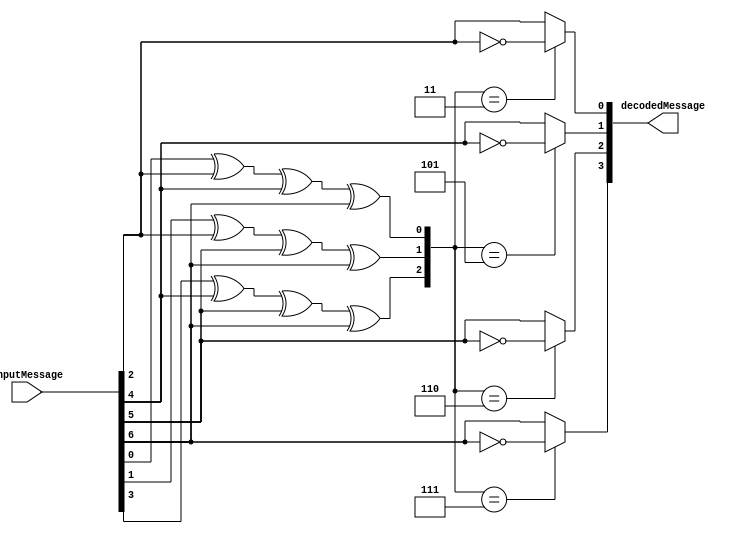
`timescale 1ns / 1ps
//////////////////////////////////////////////////////////////////////////////////
// Company: 
// Engineer: 
// 
// Design Name: 
// Module Name: hamming_decode
// Project Name: 
// Target Devices: 
// Tool Versions: 
// Description: 
// 
// Dependencies: 
// 
// Revision:
// Revision 0.01 - File Created
// Additional Comments:
// 
//////////////////////////////////////////////////////////////////////////////////


module hamming_decode(
    input [6:0] inputMessage,
    output reg [3:0] decodedMessage
    );
   
    reg [3:0]wrongbit;
    //0 - 1 001
    //1 - 2 010
    //2 - 3 011
    //3 - 4 100
    //4 - 5 101
    //5 - 6 110
    //6 - 7 111
    
    always @ (inputMessage) begin
    
    wrongbit[0] <= inputMessage[0] ^ inputMessage[2] ^ inputMessage[4] ^ inputMessage[6];
    wrongbit[1] <= inputMessage[1] ^ inputMessage[2] ^ inputMessage[5] ^ inputMessage[6];
    wrongbit[2] <= inputMessage[3] ^ inputMessage[4] ^ inputMessage[5] ^ inputMessage[6];
    
    case(wrongbit)
        3: begin
            decodedMessage[0] <= ~inputMessage[2];
            decodedMessage[1] <= inputMessage[4];
            decodedMessage[2] <= inputMessage[5];
            decodedMessage[3] <= inputMessage[6];
           end
        5: begin
            decodedMessage[0] <= inputMessage[2];
            decodedMessage[1] <= ~inputMessage[4];
            decodedMessage[2] <= inputMessage[5];
            decodedMessage[3] <= inputMessage[6];
           end
        6: begin
            decodedMessage[0] <= inputMessage[2];
            decodedMessage[1] <= inputMessage[4];
            decodedMessage[2] <= ~inputMessage[5];
            decodedMessage[3] <= inputMessage[6];
           end
        7: begin
            decodedMessage[0] <= inputMessage[2];
            decodedMessage[1] <= inputMessage[4];
            decodedMessage[2] <= inputMessage[5];
            decodedMessage[3] <= ~inputMessage[6];
           end
        default: begin
            decodedMessage[0] <= inputMessage[2];
            decodedMessage[1] <= inputMessage[4];
            decodedMessage[2] <= inputMessage[5];
            decodedMessage[3] <= inputMessage[6];
           end
    endcase
    end
    
endmodule